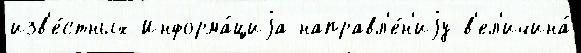
изв'е́стных Информа́циjа направл'е́н'иjу в'ел'ичина́